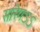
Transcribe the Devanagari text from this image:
सारेगऽऽ